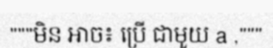
"""មិន អាច៖ ប្រើ ជាមួយ a ,"""